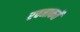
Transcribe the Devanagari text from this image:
रचनाकर्ते